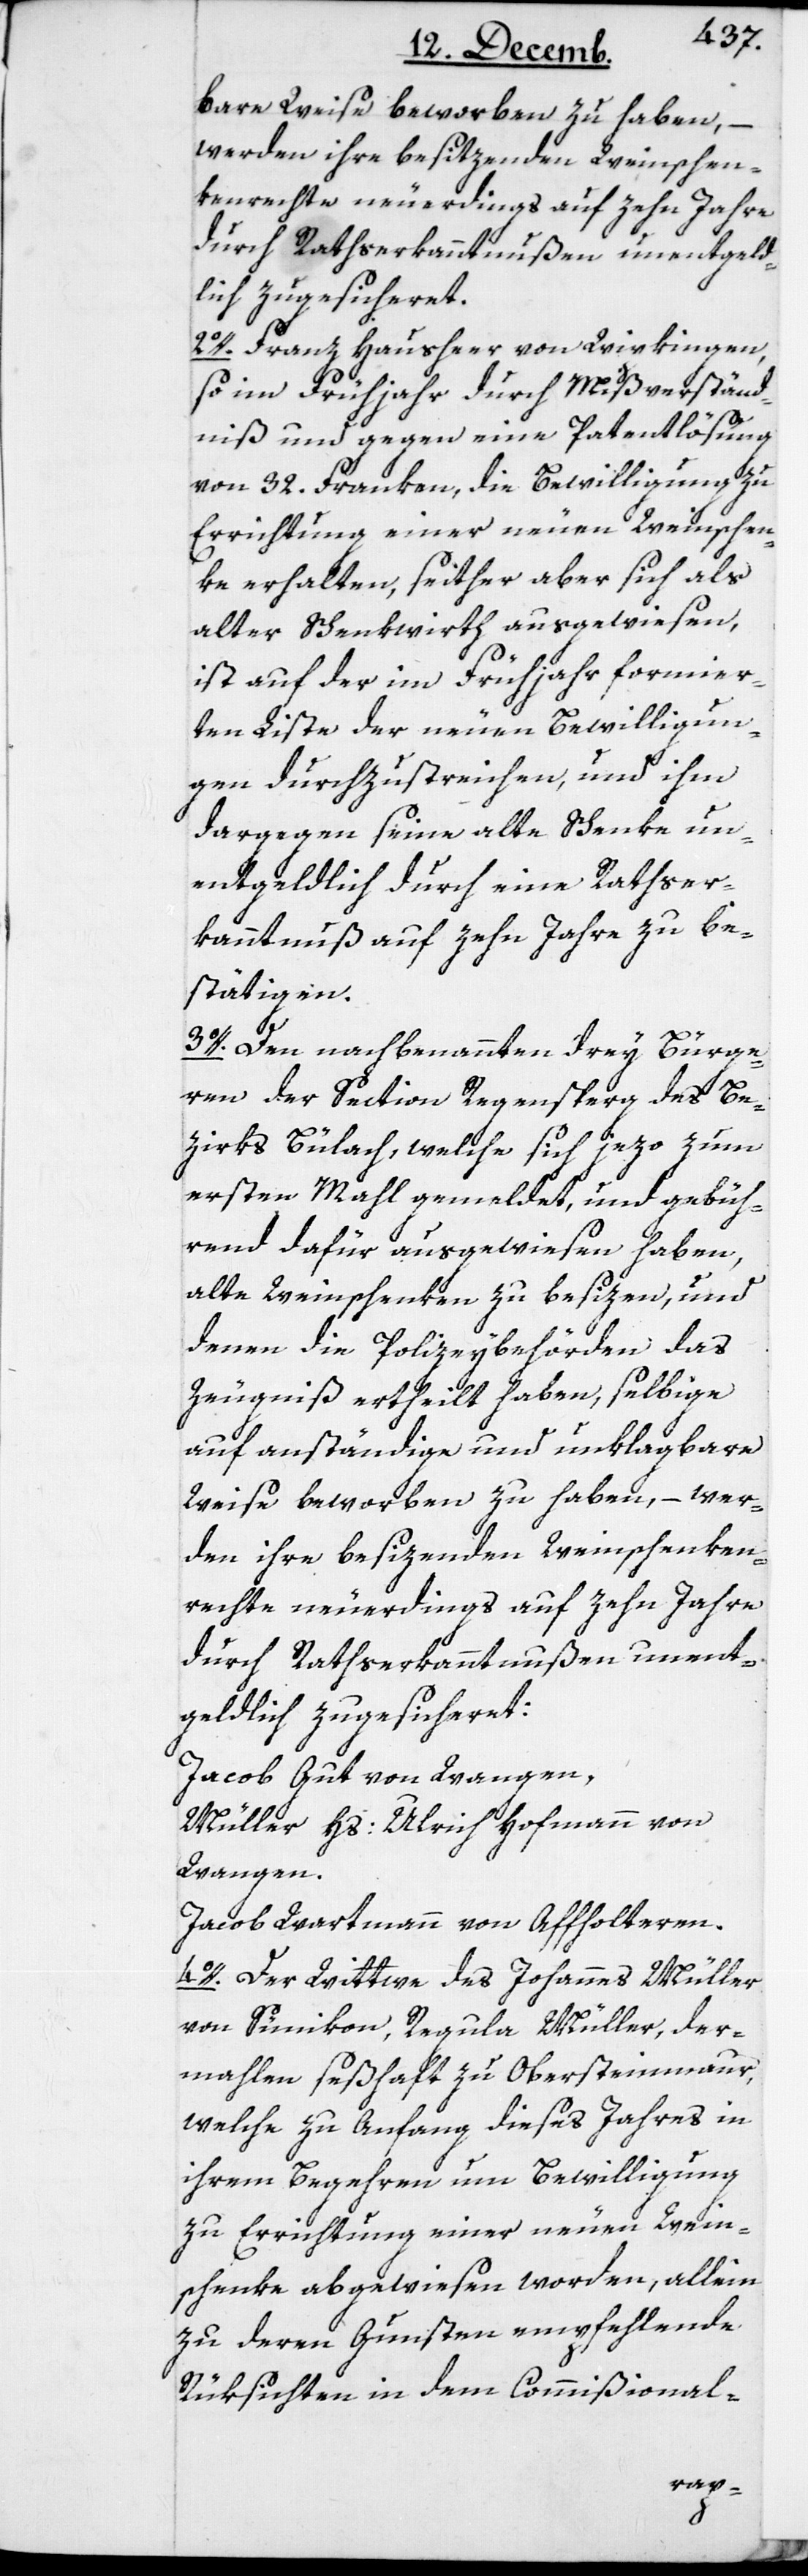
bare Weise beworben zu haben, –
werden ihre besitzenden Weinschen¬
kenrechte neuerdings auf zehn Jahre
durch Rathserkanntnußen unentgeld¬
lich zugesicheret.
2o. Franz Hausheer von Wipkingen,
so im Frühjahr durch Mißverständ¬
niß und gegen eine Patentlösung
von 32. Franken, die Bewilligung zu
Errichtung einer neuen Weinschen¬
ke erhalten, seither aber sich als
alter Schenkwirth ausgewiesen,
ist auf der im Frühjahr formier¬
ten Liste der neuen Bewilligun¬
gen durchzustreichen, und ihm
dargegen seine alte Schenke un¬
entgeldlich durch eine Rathser¬
kanntnuß auf zehn Jahre zu be¬
stätigen.
3o. Den nachbenannten drey Bürge¬
ren der Section Regensperg des Be¬
zirks Bülach, welche sch jezo zum
ersten Mahl gemeldet, und gebüh¬
rend dafür ausgewiesen haben,
alte Weinschenken zu besizen, und
denen die Polizeibehörden das
Zeugniß ertheilt haben, selbige
auf anständige und unklagbare
Weise beworben zu haben, – wer¬
den ihre besizenden Weinschenken¬
rechte neuerdings auf zehn Jahre
durch Rathserkanntnußen unent¬
geldlich zugesicheret:
Jacob Gut von Wangen,
Müller Hs. Ulrich Hofmann von
Wangen.
Jacob Wartmann von Affholteren.
4o. Der Wittwe des Johannes Müller
von Sünikon, Regula Müller, der¬
mahlen seßhaft zu Obersteinmaur,
welche zu Anfang dieses Jahres in
ihrem Begehren um Bewilligung
zu Errichtung einer neuen Wein¬
schenke abgewiesen worden, allein
zu deren Gunsten empfehlende
Rüksichten in dem Commißional-